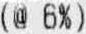
(@ 6%)